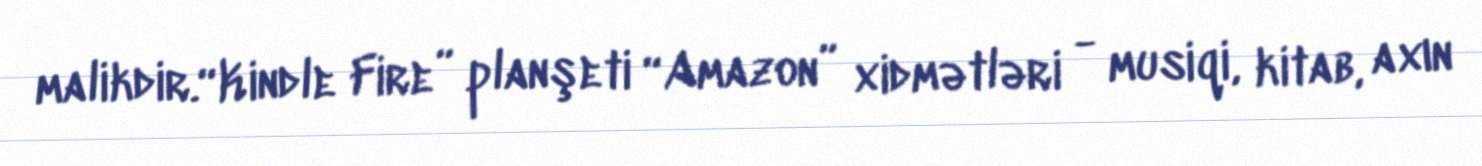
malikdir.“Kindle Fire” planşeti “Amazon” xidmətləri - musiqi, kitab, axın